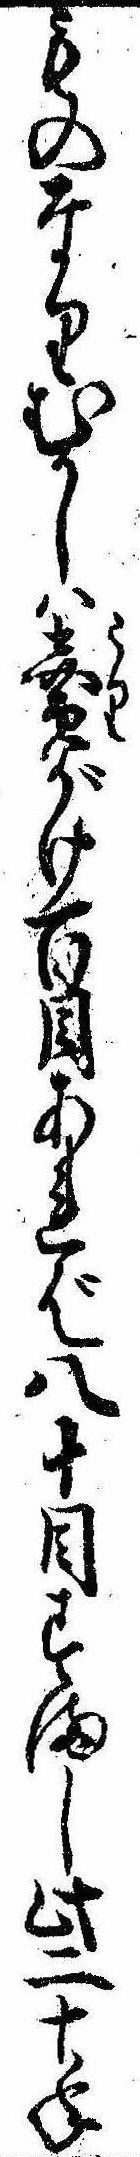
ものなりむかしは売がけ百目あれば八十目すまし此二十年